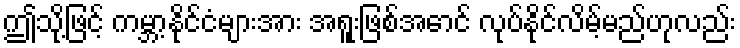
ဤသို့ဖြင့် ကမ္ဘာ့နိုင်ငံများအား အရူးဖြစ်အောင် လုပ်နိုင်လိမ့်မည်ဟုလည်း